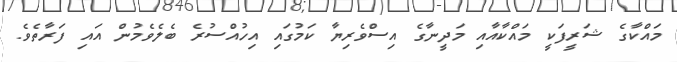
މައްކާގެ ޝަރީފަކީ މައްކާއާއި މަދީނާގެ އިސްވެރިޔާ ކަމުގައި އިހުއްސުރެ ބެލެވެމުން އައި ފަރާތެވެ.